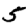
Digit: 5